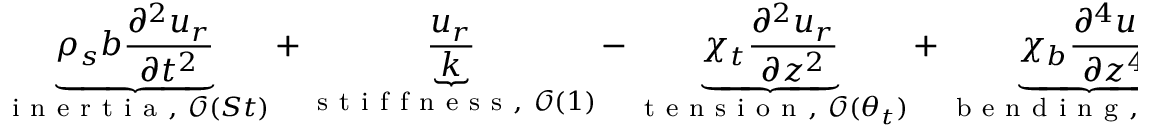
\underbrace { \rho _ { s } b \frac { \partial ^ { 2 } u _ { r } } { \partial t ^ { 2 } } } _ { \mathrm { ~ i ~ n ~ e ~ r ~ t ~ i ~ a ~ } , ~ \mathcal { O } ( S t ) } + \underbrace { \frac { u _ { r } } { k } } _ { \mathrm { ~ s ~ t ~ i ~ f ~ f ~ n ~ e ~ s ~ s ~ } , ~ \mathcal { O } ( 1 ) } - \underbrace { \chi _ { t } \frac { \partial ^ { 2 } u _ { r } } { \partial z ^ { 2 } } } _ { \mathrm { ~ t ~ e ~ n ~ s ~ i ~ o ~ n ~ } , ~ \mathcal { O } ( \theta _ { t } ) } + \underbrace { \chi _ { b } \frac { \partial ^ { 4 } u _ { r } } { \partial z ^ { 4 } } } _ { \mathrm { ~ b ~ e ~ n ~ d ~ i ~ n ~ g ~ } , ~ \mathcal { O } ( \theta _ { b } ) } = \underbrace { p } _ { \mathrm { ~ l ~ o ~ a ~ d ~ } , ~ \mathcal { O } ( 1 ) }